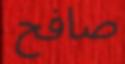
صافح